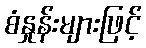
စံနှုန်းများဖြင့်